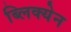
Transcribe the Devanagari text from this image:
ब्लिक्येन